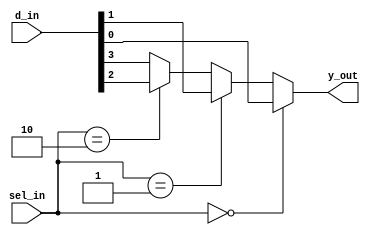
`timescale 1ns / 1ps
//////////////////////////////////////////////////////////////////////////////////
// Company: 
// Engineer: 
// 
// Design Name: 
// Module Name: lab81_4to1_Mux
// Project Name: 
// Target Devices: 
// Tool Versions: 
// Description: 
// 
// Dependencies: 
// 
// Revision:
// Revision 0.01 - File Created
// Additional Comments:
// 
//////////////////////////////////////////////////////////////////////////////////

//`define PRIORITY_LOGIC

module lab81_4to1_Mux(
            input [3:0]d_in, 
            input [1:0]sel_in,
            output reg y_out
    );

`ifndef PRIORITY_LOGIC              // if prioirty logic is not present this block will be executed
    always@(*)
        begin
            if(sel_in==2'b00)
                y_out = d_in[0];
                
            else if(sel_in==2'b01)
                y_out = d_in[1];
                
            else if(sel_in==2'b10)
                y_out = d_in[2];
                
            else
                y_out = d_in[3];
        end

`else                               // if priorirty logic is included (present) 
    always@(*)                      //this block (41Mux) will be executed
    begin
        case(sel_in)
            2'b00: y_out = d_in[0];
            2'b01: y_out = d_in[1];
            2'b10: y_out = d_in[2];
            2'b11: y_out = d_in[3];
        endcase
    end
`endif  
    
endmodule